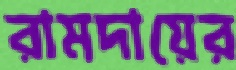
রামদায়ের